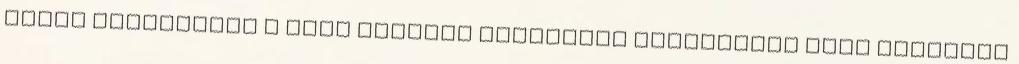
egyik igazgatója a főbb európai trendeket ismertetve arra mutatott